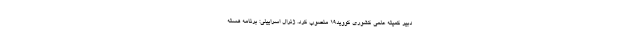
دبیر کمیته علمی کشوری کووید۱۹ منصوب کرد. ژنرال اسراییلی: برنامه هسته